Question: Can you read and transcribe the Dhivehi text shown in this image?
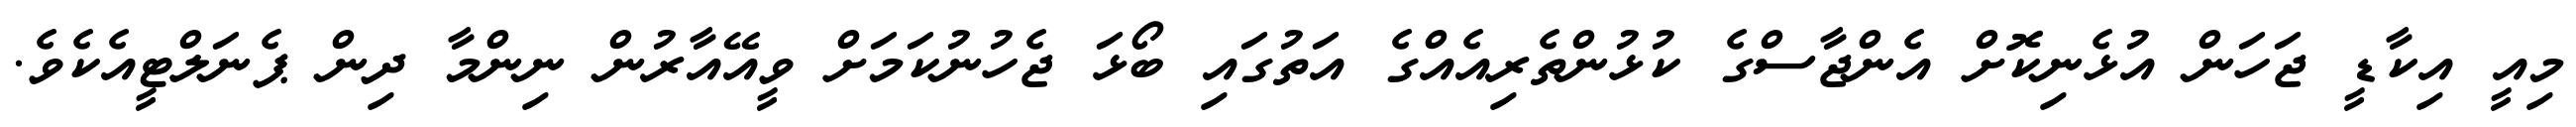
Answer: މިއީ އިކާޑީ ޖަހަން އުޅެނިކޮށް އެންޖާސްގެ ކުޅުންތެރިއެއްގެ އަތުގައި ބޯޅަ ޖެހުނުކަމަށް ވީއޭއާރުން ނިންމާ ދިން ޕެނަލްޓީއެކެވެ.